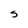
Character: S